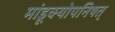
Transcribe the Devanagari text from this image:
मांडूक्योपनिषत्